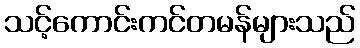
သင့်ကောင်းကင်တမန်များသည်